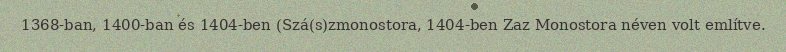
1368-ban, 1400-ban és 1404-ben (Szá(s)zmonostora, 1404-ben Zaz Monostora néven volt említve.